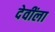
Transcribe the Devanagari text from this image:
देवींला